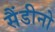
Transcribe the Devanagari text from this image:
सैंडीनो